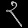
Digit: ၃